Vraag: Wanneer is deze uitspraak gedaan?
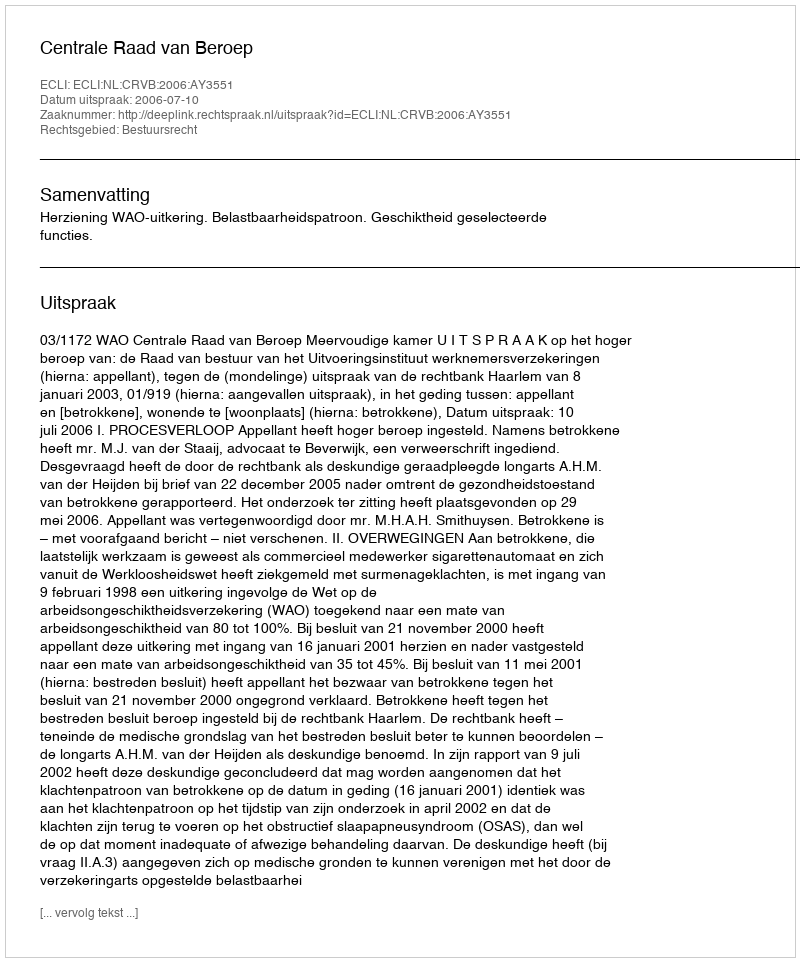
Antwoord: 2006-07-10